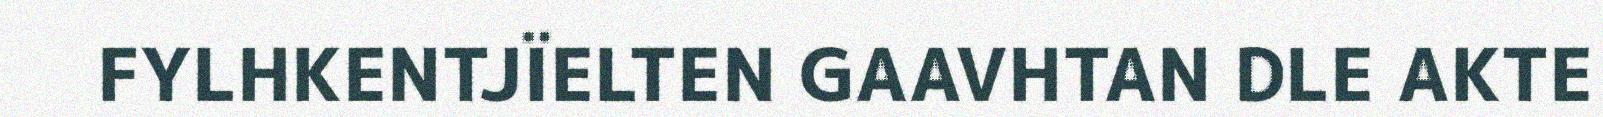
FYLHKENTJÏELTEN GAAVHTAN DLE AKTE